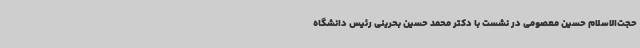
حجت‌الاسلام حسین معصومی در نشست با دکتر محمد حسین بحرینی رئیس دانشگاه